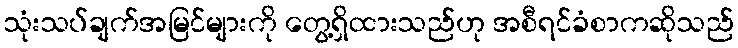
သုံးသပ်ချက်အမြင်များကို တွေ့ရှိထားသည်ဟု အစီရင်ခံစာကဆိုသည်